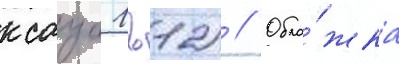
ксауо 1в12) // Обло́жка